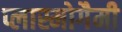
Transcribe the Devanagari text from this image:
प्लास्मोगैमी